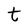
Character: t